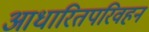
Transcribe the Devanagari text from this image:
आधारितपरिवहन